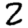
Digit: 2